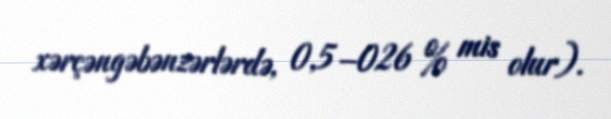
xərçəngəbənzərlərdə, 0,5–026 % mis olur).